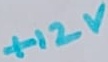
Text: +12V